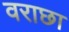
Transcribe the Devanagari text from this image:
वराछा